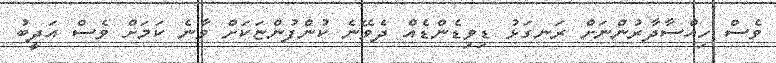
ވެސް ހިއްސާދާރުންނަށް ރަނގަޅު ޑިވިޑެންޑެއް ދެވޭނެ ކުންފުންޏަކަށް ވާނެ ކަމަށް ވެސް އަދީބު